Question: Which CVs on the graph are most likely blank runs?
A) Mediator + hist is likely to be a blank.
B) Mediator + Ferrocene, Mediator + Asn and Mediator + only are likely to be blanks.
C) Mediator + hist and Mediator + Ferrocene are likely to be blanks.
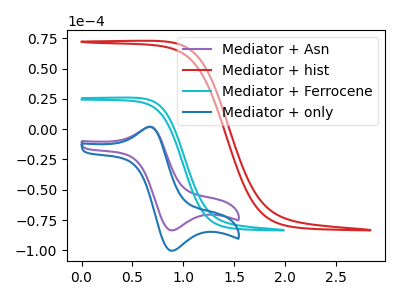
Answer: <think>The purple curve "Mediator + Asn" has an anodic peak at (0.65V, 1.65uA) and a cathodic peak at (0.90V, -83.55uA). The red curve "Mediator + hist" has no peaks. The cyan curve "Mediator + Ferrocene" has no peaks. The blue curve "Mediator + only" has an anodic peak at (0.65V, 1.95uA) and a cathodic peak at (0.90V, -100.35uA).</think>
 <answer>C) "Mediator + hist" and "Mediator + Ferrocene" are likely to be blanks.</answer>
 <eval>C</eval>